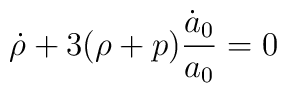
\dot{\rho}+ 3(\rho+p) \frac{\dot{a}_{0}}{a_{0}}=0